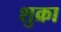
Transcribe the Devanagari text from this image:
शुक्रा